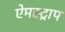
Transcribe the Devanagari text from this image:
ऐमस्ट्राप